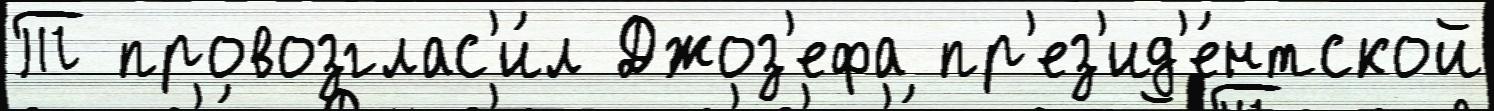
Т провозглас'и́л Джоз'ефа пр'ез'ид'е́нтской